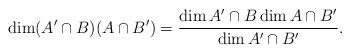
LaTeX: \begin{align*}\dim (A' \cap B) (A \cap B') = \dfrac{\dim A' \cap B\dim A \cap B'}{\dim A' \cap B'}.\end{align*}